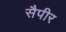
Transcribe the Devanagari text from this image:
सैपीर